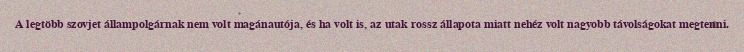
A legtöbb szovjet állampolgárnak nem volt magánautója, és ha volt is, az utak rossz állapota miatt nehéz volt nagyobb távolságokat megtenni.